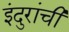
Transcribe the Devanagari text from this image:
इंदुरांची